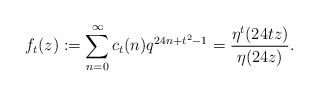
\begin{align*} f_{t}(z):=\sum_{n=0}^{\infty} c_{t}(n)q^{24n+t^2-1} = \frac{\eta^{t}(24tz)}{\eta(24z)}. \end{align*}